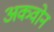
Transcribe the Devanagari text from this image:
अकवोन